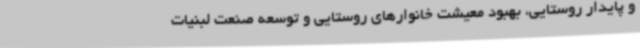
و پایدار روستایی، بهبود معیشت خانوارهای روستایی و توسعه صنعت لبنیات